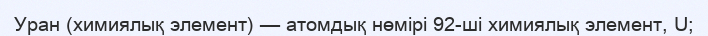
Уран (химиялық элемент) — атомдық нөмірі 92-ші химиялық элемент, U;